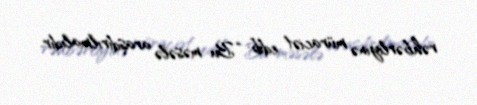
rəhbərliyinə müraciət edib: “Bu məsələ araşdırılmalıdır.